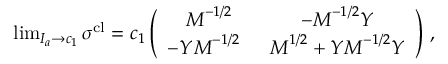
\begin{array} { r } { \operatorname* { l i m } _ { I _ { a } \to c _ { 1 } } \boldsymbol { \sigma } ^ { \mathrm { c l } } = c _ { 1 } \left( \begin{array} { c c } { \boldsymbol { M } ^ { - 1 / 2 } } & { - \boldsymbol { M } ^ { - 1 / 2 } \boldsymbol { Y } } \\ { - \boldsymbol { Y } \boldsymbol { M } ^ { - 1 / 2 } \; \; } & { \boldsymbol { M } ^ { 1 / 2 } + \boldsymbol { Y } \boldsymbol { M } ^ { - 1 / 2 } \boldsymbol { Y } } \end{array} \right) \, , } \end{array}